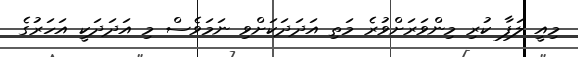
މިއީ ލަފާ ކުރި މިންވަރަށްވުރެ މަތި އަދަދަކަށްވި ނަމަވެސް މި އަދަދަކީ އަހަރުގެ